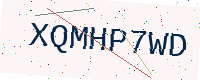
Text: XQMHP7WD